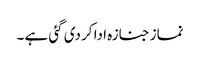
نماز جنازہ ادا کر دی گئی ہے ۔